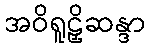
အဝိရူဠှိဆန္ဒာ